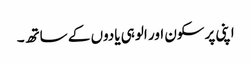
اپنی پرسکون اور الوہی یادوں کے ساتھ۔